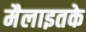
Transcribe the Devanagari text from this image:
मैलाइतके